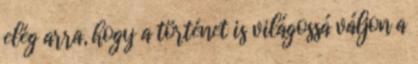
elég arra, hogy a történet is világossá váljon a